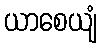
ယာစေယျံ